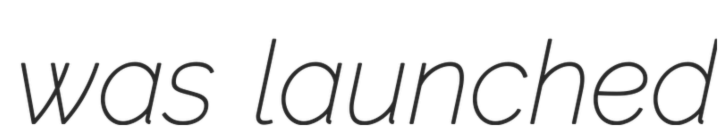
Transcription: was launched